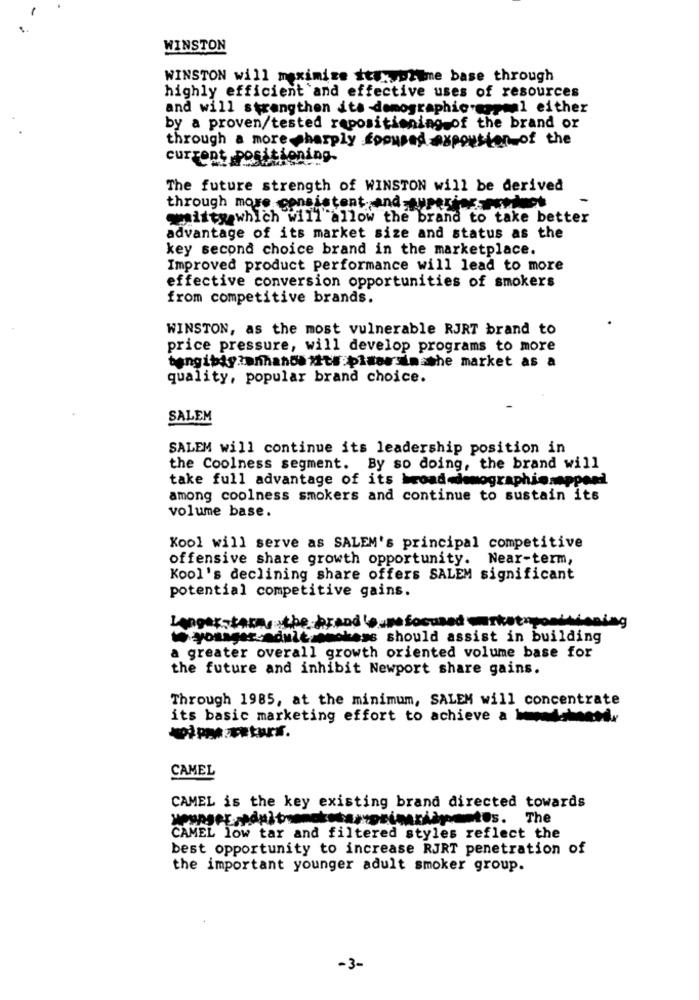
WINSTON
WINSTON will maximize it x prime base through
highly efficient and effective uses of resources
and will strengthen ita demographic.ezreal either
by a proven/tested repositioning of the brand or
through a more sharply focused expouston of the
current positioning.
The future strength of WINSTON will be derived
through more consistent. and-supering -erwinos
misty which will allow the brand to take better
advantage of its market size and status as the
key second choice brand in the marketplace.
Improved product performance will lead to more
effective conversion opportunities of smokers
from competitive brands.
WINSTON, as the most vulnerable RJRT brand to
price pressure, will develop programs to more
bengibiy.onhands zits:pluassim the market as a
quality, popular brand choice.
SALEM
SALEM will continue its leadership position in
the Coolness segment. By so doing, the brand will
take full advantage of its broad«lomographieseppond
among coolness smokers and continue to sustain its
volume base.
Kool will serve as SALEM's principal competitive
offensive share growth opportunity. Near-term,
Kool's declining share offers SALEM significant
potential competitive gains.
pusefocused marketnpondwiening
Langerstara. the bran
hess should assist in building
a greater overall growth oriented volume base for
the future and inhibit Newport share gains.
Through 1985, at the minimum, SALEM will concentrate
its basic marketing effort to achieve a hohen.
CAMEL
CAMEL is the key existing brand directed towards
CAMEL low tar and filtered styles reflect the
best opportunity to increase RJRT penetration of
the important younger adult smoker group.
-3-